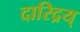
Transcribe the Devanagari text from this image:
दारिद्रय्